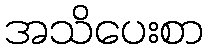
အသိပေးစာ